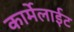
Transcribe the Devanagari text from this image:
कार्मेलाईट